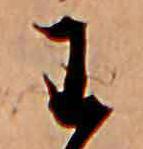
わ